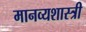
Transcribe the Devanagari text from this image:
मानव्यशास्त्री